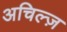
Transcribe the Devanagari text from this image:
अचिल्ज़